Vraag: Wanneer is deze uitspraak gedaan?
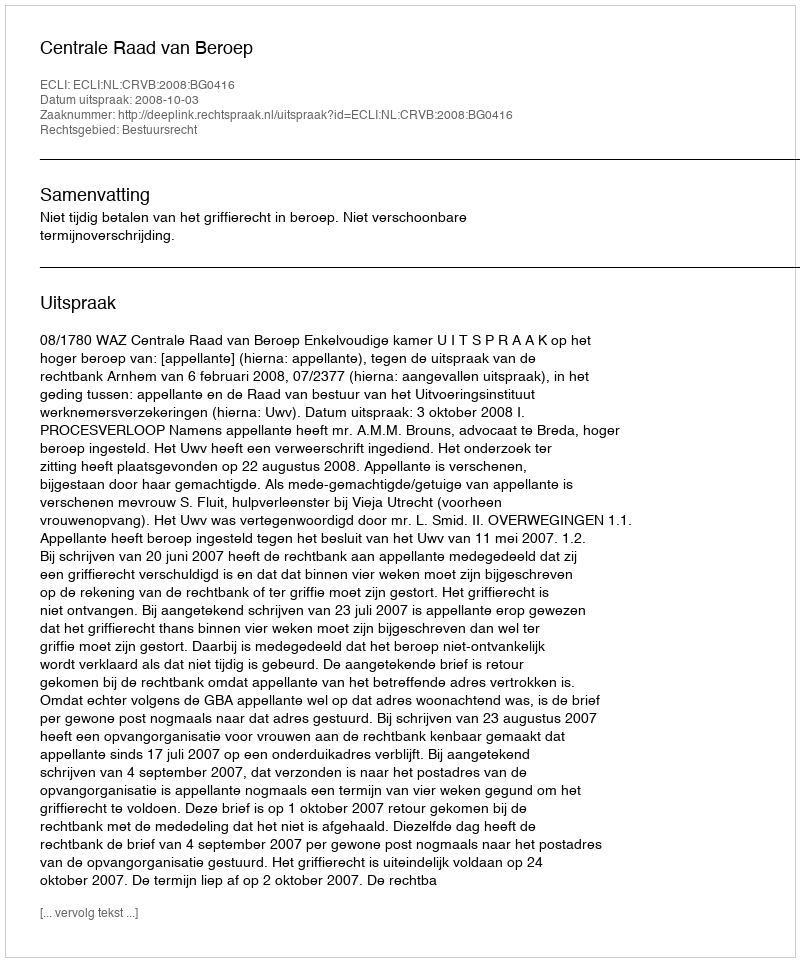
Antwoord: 2008-10-03